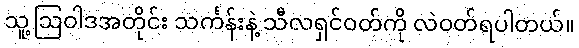
သူ့ဩဝါဒအတိုင်း သင်္ကန်းနဲ့ သီလရှင်ဝတ်ကို လဲဝတ်ရပါတယ်။